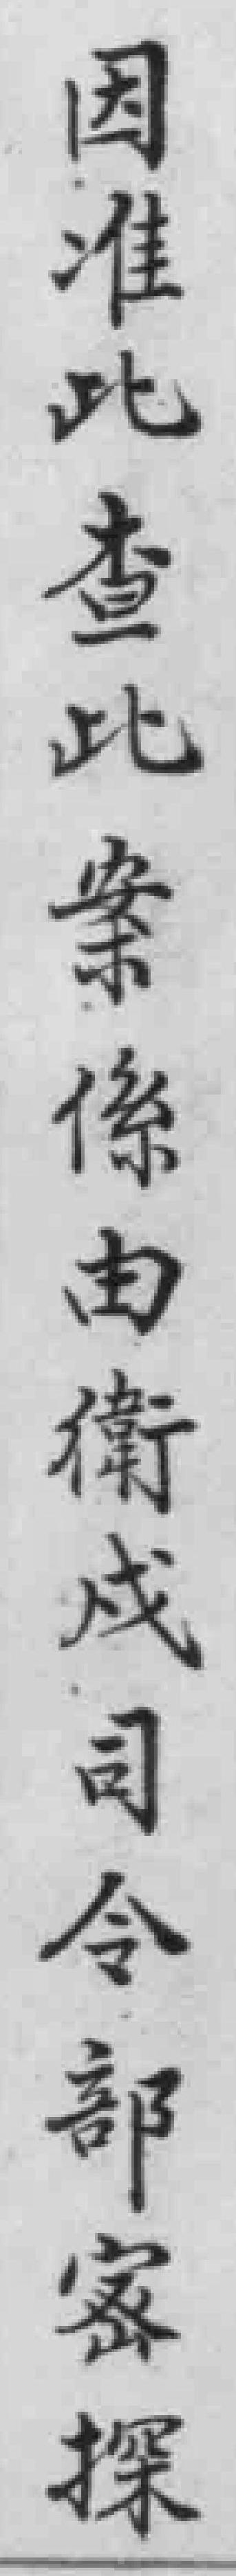
因准比查此案係由衛戍司令部家探